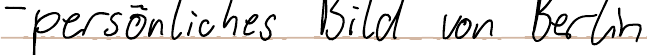
- persönliches Bild von Berlin